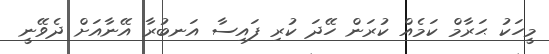
މީހަކު ޙަރާމް ކަމެއް ކުރަން ހޭދަ ކުރި ފައިސާ އަނބުރާ އޭނާއަށް ދެވޭނީ